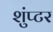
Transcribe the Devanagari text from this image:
शुंप्टर